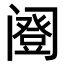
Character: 𬮹